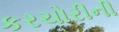
કરચોરીની